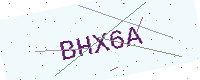
Text: BHX6A